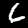
Label: 6